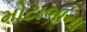
મોટાભાના